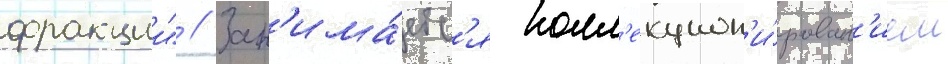
фракции" // Зан'има́етс'я колл'екцион'и́рован'ием